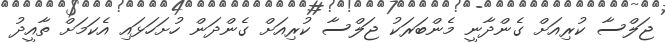
ޖަލްސާ ކުރިއަށް ގެންދާނީ މެންބަރަކު ޖަލްސާ ކުރިއަށް ގެންދަން ހުށަހަޅައި އެކަަމަށް ތާއީދު